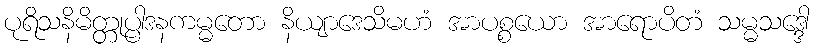
ပုရိသနိမိတ္တုပ္ပါဒနကမ္မတော နိယျာဒေသိမဟံ အာပစ္စယော အာရောပိတံ သမ္မသဒ္ဒေါ